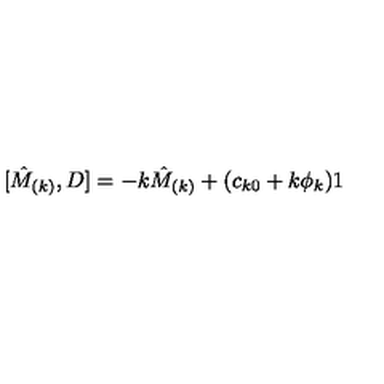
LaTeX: \lbrack \hat { M } _ { ( k ) } , D ] = - k \hat { M } _ { ( k ) } + ( c _ { k 0 } + k \phi _ { k } ) 1